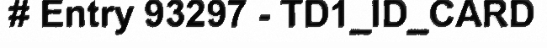
# Entry 93297 - TD1_ID_CARD